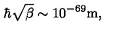
\hbar \sqrt { \beta } \sim 1 0 ^ { - 6 9 } \mathrm { m } ,